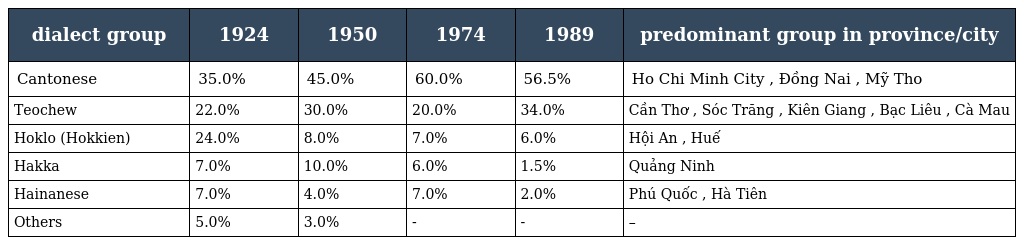
| dialect group | 1924 | 1950 | 1974 | 1989 | predominant group in province/city |
 | --- | --- | --- | --- | --- | --- |
 | Cantonese | 35.0% | 45.0% | 60.0% | 56.5% | Ho Chi Minh City , Đồng Nai , Mỹ Tho |
 | Teochew | 22.0% | 30.0% | 20.0% | 34.0% | Cần Thơ , Sóc Trăng , Kiên Giang , Bạc Liêu , Cà Mau |
 | Hoklo (Hokkien) | 24.0% | 8.0% | 7.0% | 6.0% | Hội An , Huế |
 | Hakka | 7.0% | 10.0% | 6.0% | 1.5% | Quảng Ninh |
 | Hainanese | 7.0% | 4.0% | 7.0% | 2.0% | Phú Quốc , Hà Tiên |
 | Others | 5.0% | 3.0% | - | - | – |